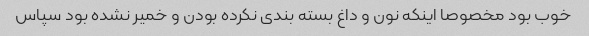
خوب بود مخصوصا اینکه نون و داغ بسته بندی نکرده بودن و خمیر نشده بود سپاس